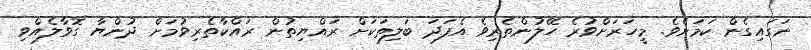
ނަގައިގެން ކަމަށެވެ. މީހަރަށްވުރެ ހޭލުންތެރިވެ އެފަދަ ބަލިތަކަށް ރައްޔިތުން ރައްކާތެރިވުމަށް ދުންޔާ ގޮވާލެއްވި